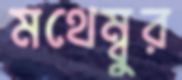
মথেম্বুর